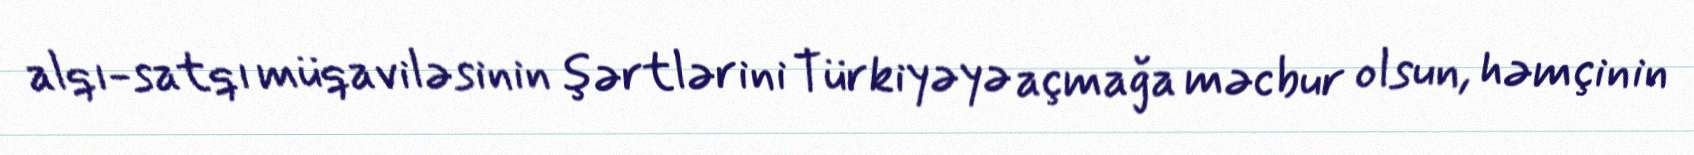
alqı-satqı müqaviləsinin şərtlərini Türkiyəyə açmağa məcbur olsun, həmçinin